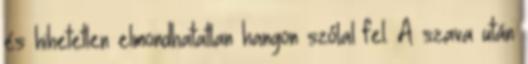
és hihetetlen elmondhatatlan hangon szólal fel. A szava után